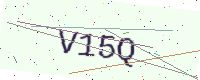
Text: V15Q